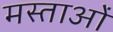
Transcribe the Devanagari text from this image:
मस्ताओं